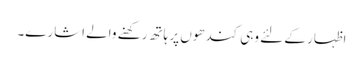
اظہار کے لئے وہی کندھوں پر ہاتھ رکھنے والے اشارے۔